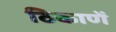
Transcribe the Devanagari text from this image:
ठिकाणें